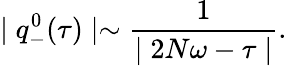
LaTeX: \mid q_{-}^{0}(\tau)\mid\sim\frac{1}{\mid 2N\omega-\tau\mid}.